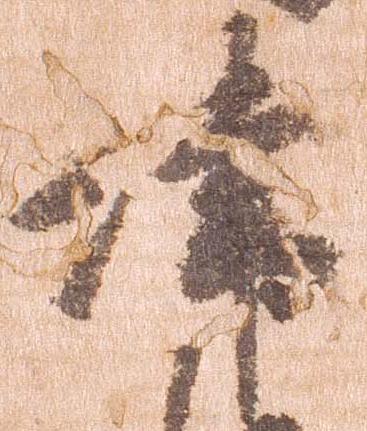
津